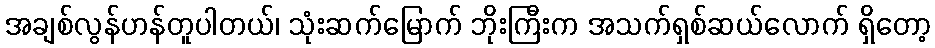
အချစ်လွန်ဟန်တူပါတယ်၊ သုံးဆက်မြောက် ဘိုးကြီးက အသက်ရှစ်ဆယ်လောက် ရှိတော့